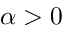
\alpha > 0